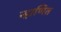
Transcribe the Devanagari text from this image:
न्हाणित